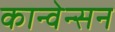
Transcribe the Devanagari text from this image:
कान्वेन्सन